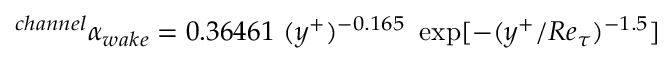
^ { c h a n n e l } \alpha _ { w a k e } = 0 . 3 6 4 6 1 ~ ( y ^ { + } ) ^ { - 0 . 1 6 5 } ~ \exp [ - ( y ^ { + } / R e _ { \tau } ) ^ { - 1 . 5 } ]